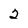
Character: 2